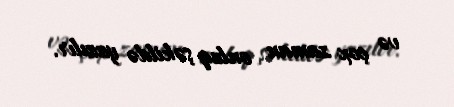
və çox zaman onluq şəkildə yazılır.